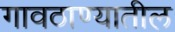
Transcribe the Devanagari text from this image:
गावठाण्यातील